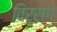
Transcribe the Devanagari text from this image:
विर्संग